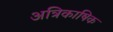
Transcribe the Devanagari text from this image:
अत्रिकाषिक